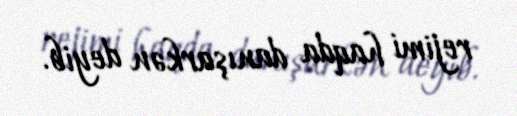
rejimi haqda danışarkən deyib.